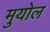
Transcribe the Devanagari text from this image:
मुयोल